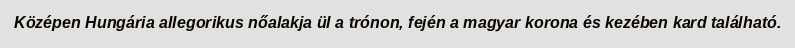
Középen Hungária allegorikus nőalakja ül a trónon, fején a magyar korona és kezében kard található.